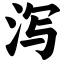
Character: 泻